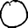
Digit: 0